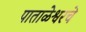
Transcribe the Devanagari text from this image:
पाताळेश्वरचे